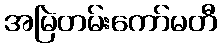
အမြဲတမ်းကော်မတီ